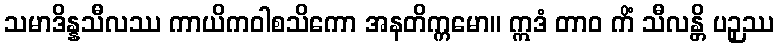
သမာဒိန္နသီလဿ ကာယိကဝါစသိကော အနတိက္ကမော။ ဣဒံ တာဝ ကိံ သီလန္တိ ပဉှဿ